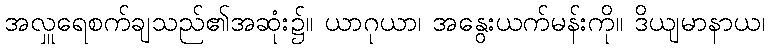
အလှူရေစက်ချသည်၏အဆုံး၌။ ယာဂုယာ၊ အနွေးယက်မန်းကို။ ဒိယျမာနာယ၊